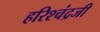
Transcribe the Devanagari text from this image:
हरिश्चंद्रजी